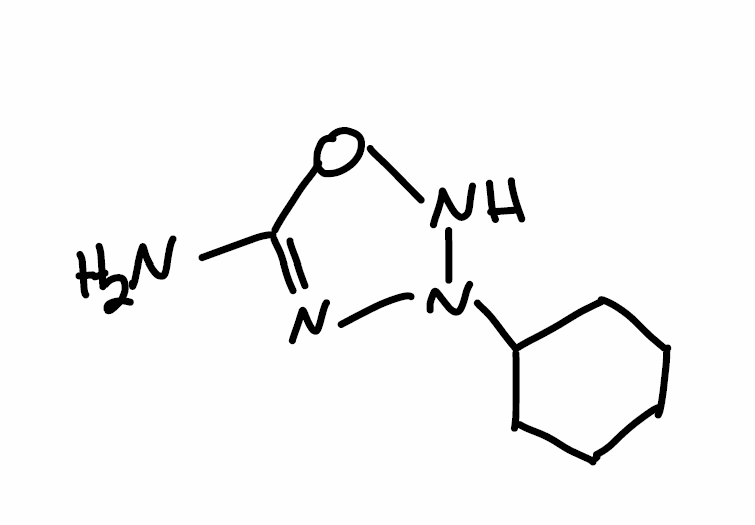
Simplified molecular-input line-entry system (SMILES) notation of the given molecule:
C1CCC(CC1)N2NOC(=N2)N